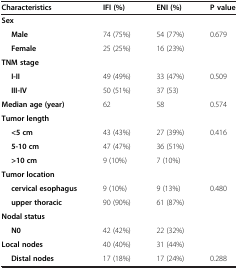
| Characteristics | IFI (%) | ENI (%) | P value |
 | --- | --- | --- | --- |
 | Sex |  |  |  |
 | Male | 74 (75%) | 54 (77%) | <ROWSPAN=2> 0.679 |
 | Female | 25 (25%) | 16 (23%) |
 | TNM stage |  |  |  |
 | I-II | 49 (49%) | 33 (47%) | <ROWSPAN=2> 0.509 |
 | III-IV | 50 (51%) | 37 (53) |
 | Median age (year) | 62 | 58 | 0.574 |
 | Tumor length |  |  |  |
 | <5 cm | 43 (43%) | 27 (39%) | <ROWSPAN=3> 0.416 |
 | 5-10 cm | 47 (47%) | 36 (51%) |
 | >10 cm | 9 (10%) | 7 (10%) |
 | Tumor location |  |  |  |
 | cervical esophagus | 9 (10%) | 9 (13%) | <ROWSPAN=2> 0.480 |
 | upper thoracic | 90 (90%) | 61 (87%) |
 | Nodal status |  |  | <ROWSPAN=3>  |
 | N0 | 42 (42%) | 22 (32%) |
 | Local nodes | 40 (40%) | 31 (44%) |
 | Distal nodes | 17 (18%) | 17 (24%) | 0.288 |